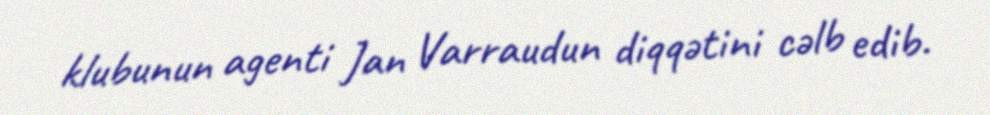
klubunun agenti Jan Varraudun diqqətini cəlb edib.